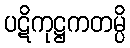
ပဋိကုဋ္ဌကတမ္ပိ